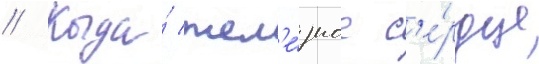
// Когда́ жел'е́зное с'е́рдце